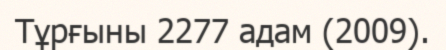
Тұрғыны 2277 адам (2009).